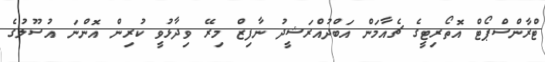
ޓްރާންސްޕޯޓް އޮތޯރިޓީގެ ޗެއާމަން އަބްދުއްރަޝީދު ނާފިޒް މިރޭ ވިދާޅުވީ ކުރިން އޮންނަ އުސޫލުގެ